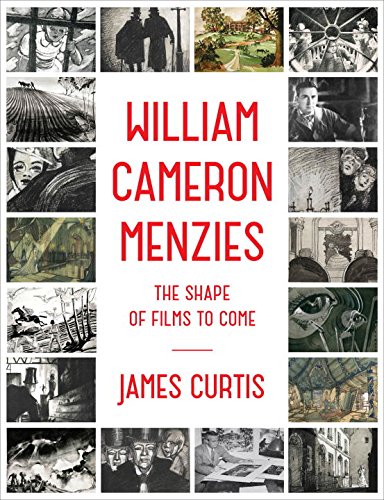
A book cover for William Cameron Menzies: The Shape of Films to Come; James Curtis; Biographies & Memoirs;